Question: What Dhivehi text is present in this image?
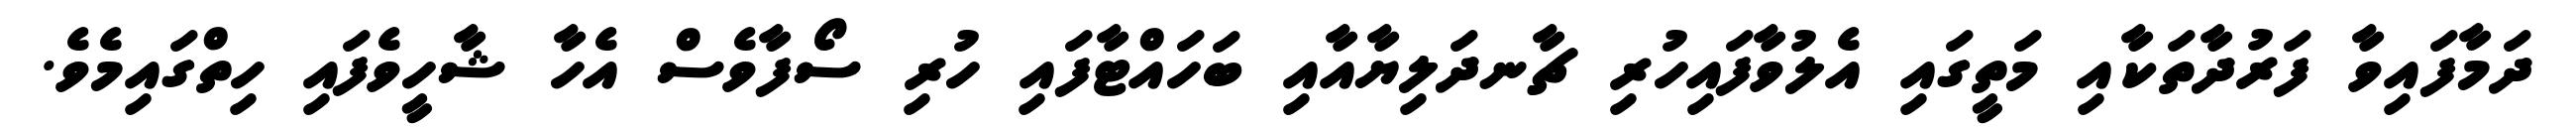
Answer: ދަމާފައިވާ ފަރުދާތަކާއި މަތީގައި އެލުވާފައިހުރި ޗާނދަލިޔާއާއި ބަހައްޓާފައި ހުރި ސޯފާވެސް އެހާ ޝާހީވެފައި ހިތްގައިމެވެ.